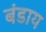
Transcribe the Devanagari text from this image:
बंडाय